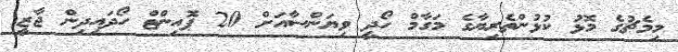
މިމެޗުގެ މޮޅު ކުޅުންތެރިޔާގެ މަގާމް ހޯދީ ވިޔަންސާއަށް 20 ޕޮއިންޓް ހޯދައިދިން ޖާޒީ